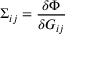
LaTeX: \Sigma _ { i j } = { \frac { \delta \Phi } { \delta G _ { i j } } }